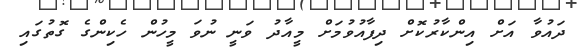
ދައުވާ އަށް އިންކާރުކޮށް ދިފާއުވުމަށް މީއާދު ވަނީ ނުވަ މީހުން ހެކިންގެ ގޮތުގައި